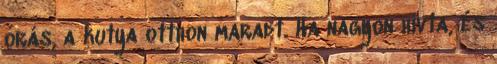
órás, a kutya otthon maradt. Ha nagyon hívta, és